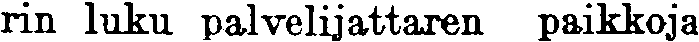
rin luku palvelijattaren paikkoja